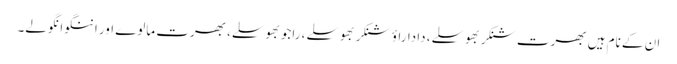
ان کے نام ہیں بھرت شنکر بھوسلے، داداراؤ شنکر بھوسلے، راجو بھوسلے، بھرت مالوے اور اننگو انگولے۔